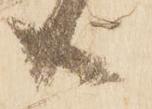
共